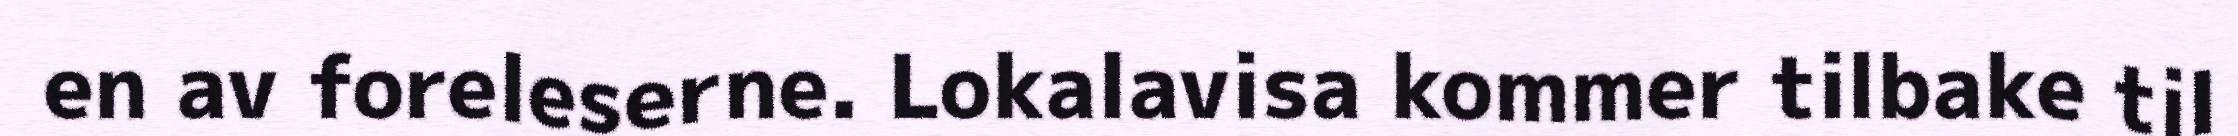
en av foreleserne. Lokalavisa kommer tilbake til